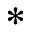
^ *